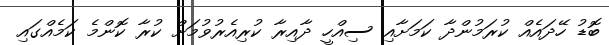
ބޮޑު ހޭދައެއް ކުރަމުންދާ ކަމަށާއި ސިއްހީ ދާއިރާ ކުރިއެރުވުމަށް ކުރާ ކޮންމެ ކަމެއްގައި